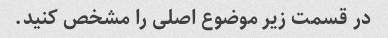
در قسمت زیر موضوع اصلی را مشخص کنید.